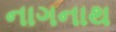
નાગનાથ